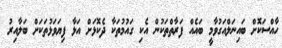
ހާއްސަކޮށް ބައިނަލްއަގުވާމީ ބައެއް ފަރާތްތަކުން އެކި ގައުމުތަކާ ދެކޮޅަށް އަޅާ ފިޔަވަޅުތަކަށް ބަލާއިރު